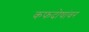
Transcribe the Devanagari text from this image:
कफदोषांवर